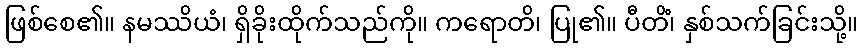
ဖြစ်စေ၏။ နမဿိယံ၊ ရှိခိုးထိုက်သည်ကို။ ကရောတိ၊ ပြု၏။ ပီတိံ၊ နှစ်သက်ခြင်းသို့။